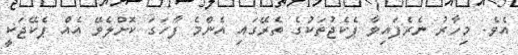
އެވެ. މިހާރު ނެރެފައިވާ ޕެކެޖުތަކުގެ ތެރޭގައި އެންމެ ފާހަގަ ކޮށްލެވޭ އެއް ޕެކޭޖަކީ